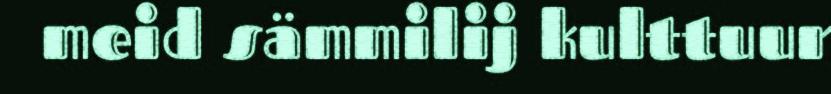
meid sämmilij kulttuur